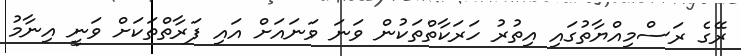
ރޭގެ ރަސްމިއްޔާތުގައި އިތުރު ހަރަކާތްތަކުން ވަނަ ވަނައަށް އައި ފަރާތްތަކަށް ވަނީ އިނާމު